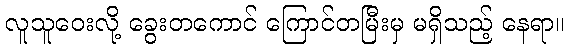
လူသူဝေးလို့ ခွေးတကောင် ကြောင်တမြီးမှ မရှိသည့် နေရာ။